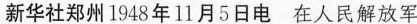
新华社郑州1548年11月5日电 在人民解军